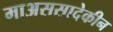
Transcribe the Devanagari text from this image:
माअससादेकीन